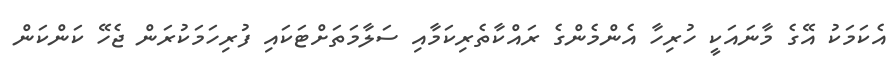
އެކަމަކު އޭގެ މާނައަކީ ހުރިހާ އެންމެންގެ ރައްކާތެރިކަމާއި ސަލާމަތަށްޓަކައި ފުރިހަމަކުރަން ޖެހޭ ކަންކަން